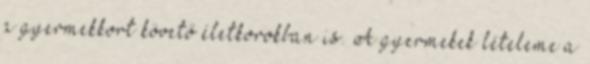
a gyermekkort követő életkorokban is. A gyermekek lételeme a